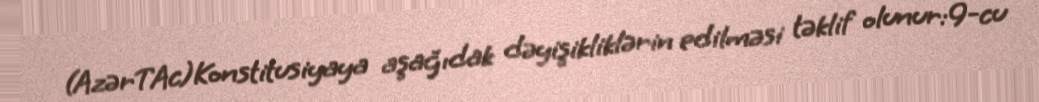
(AzərTAc)Konstitusiyaya aşağıdak dəyişikliklərin edilməsi təklif olunur:9-cu